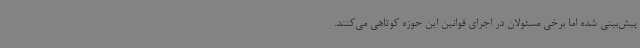
پیش‌بینی شده اما برخی مسئولان در اجرای قوانین این حوزه کوتاهی می‌کنند.